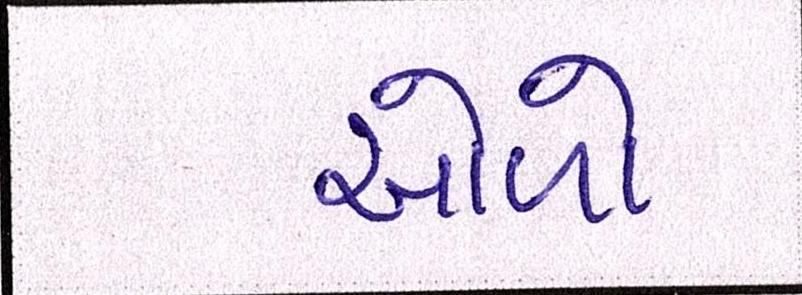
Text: ઓળો